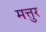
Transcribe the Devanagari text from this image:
मत्तुर